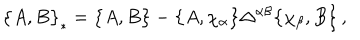
LaTeX: \bigl \{ A , B \bigr \} _ { * } = \bigl \{ A , B \bigr \} - \bigl \{ A , \chi _ { \alpha } \bigr \} \Delta ^ { \alpha \beta } \bigl \{ \chi _ { \beta } , B \bigr \} \, ,